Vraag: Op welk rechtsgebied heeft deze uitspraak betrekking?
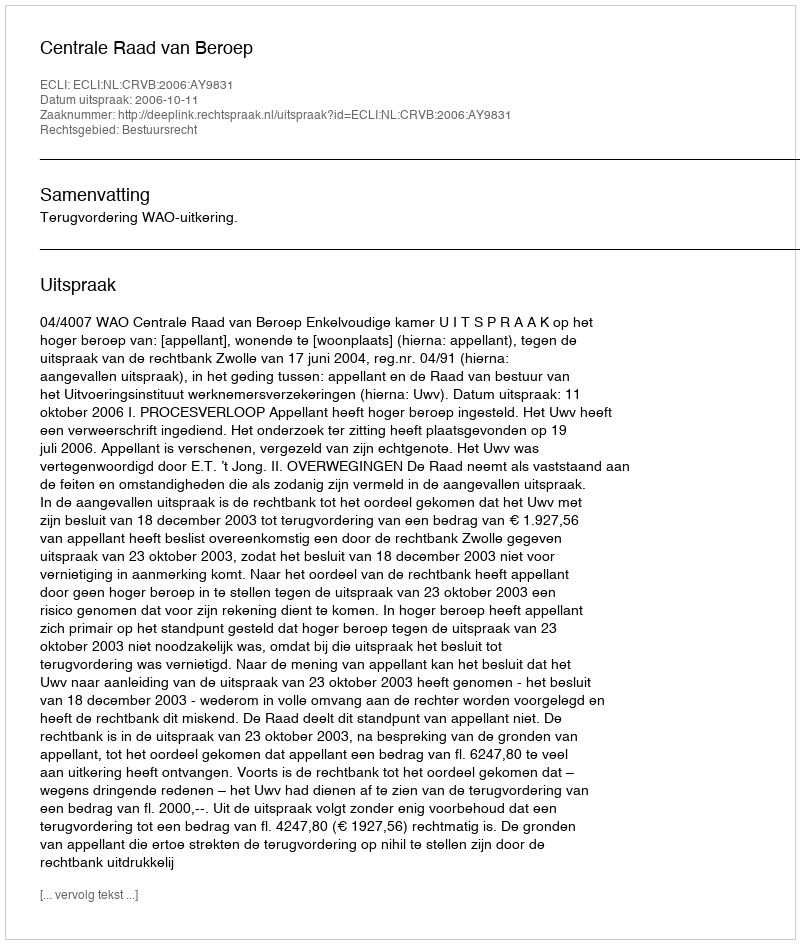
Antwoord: Bestuursrecht